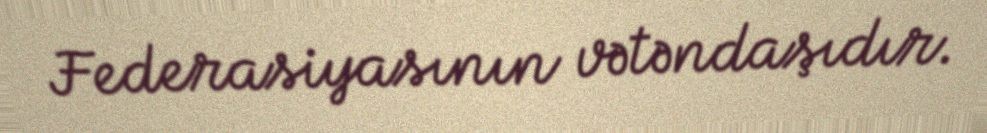
Federasiyasının vətəndaşıdır.